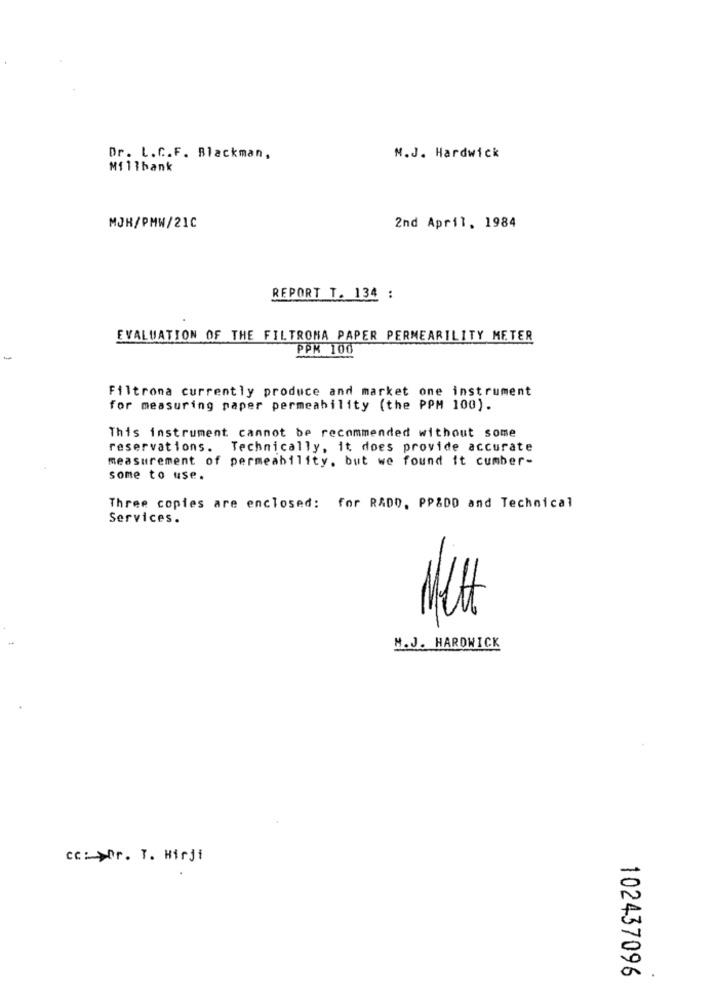
Dr. L.C.F. Blackman,
N.J. Hardwick
Millbank
MJH/PMW/21C
2nd April, 1984
REPORT T. 134 :
EVALUATION OF THE FILTRONA PAPER PERMEARILITY METER
PPM 100
Filtrona currently produce and market one instrument
for measuring paper permeability (the PPM 100).
This instrument cannot be recommended without some
reservations.
Technically, it does provide accurate
measurement of permeability, but we found it cumber-
some to use.
Three copies are enclosed: for RADD. PP&DD and Technical
Services.
M.J. HARDWICK
cc: Dr. T. Hirji
102437096